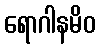
ရောဂါနမိဝ